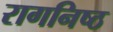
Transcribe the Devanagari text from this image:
रागनिष्ठ